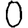
Digit: 0